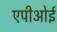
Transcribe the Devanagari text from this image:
एपीओई